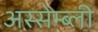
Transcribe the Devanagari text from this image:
अस्सेम्ब्ली